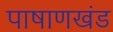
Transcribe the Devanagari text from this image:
पाषाणखंड